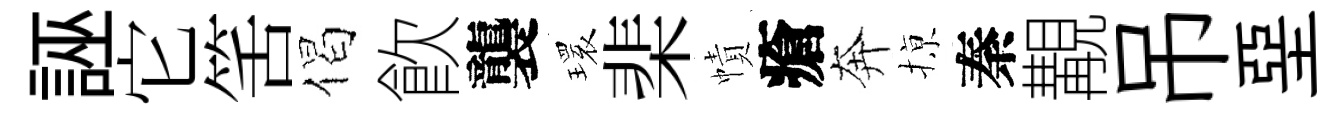
誣它筈偈飮襲𤨔棐幘瘡奔𢱊秦覯吊堊